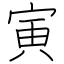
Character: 寅